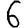
Digit: 6